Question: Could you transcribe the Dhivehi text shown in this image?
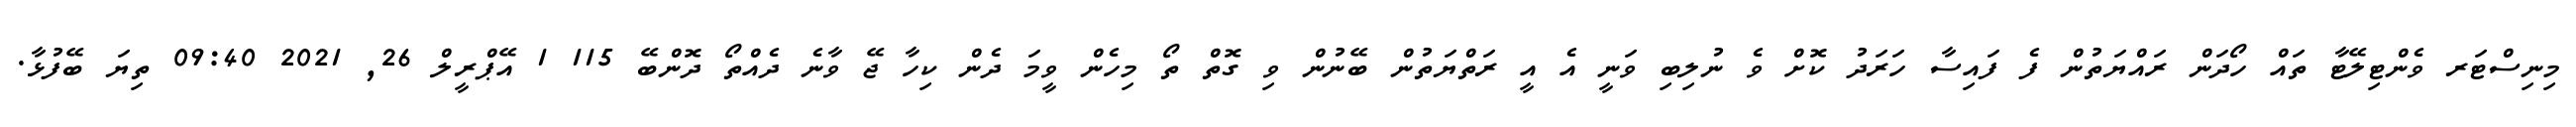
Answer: މިނިސްޓަރ ވެންޓިލޭޓާ ތައް ހޯދަން ރައްޔަތުން ފެ ފައިސާ ހަރަދު ކޮށް ވެ ނުލިބި ވަނީ އެ އީ ރަތްޔަތުން ބޭނުން ވި ގޮތް ތޯ މިހެން ވީމަ ދެން ކިހާ ޖޭ ވާނެ ދެއްތޯ ދޮންބޭ 115 1 އޭޕްރީލް 26, 2021 09:40 ތިޔަ ބޭފުޅާ.